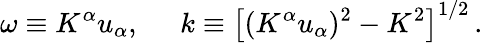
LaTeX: \omega\equiv K^{\alpha}u_{\alpha},\; \; \; \; \; k\equiv\left[(K^{\alpha}u_{\alpha})^{2}-K^{2}\right]^{1/2}\, .